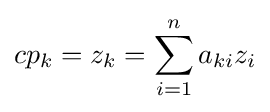
cp_{k}=z_{k}=\sum _{i=1}^{n}a_{ki}z_{i}